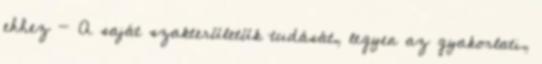
ehhez - A saját szakterületük tudását, legyen az gyakorlati,